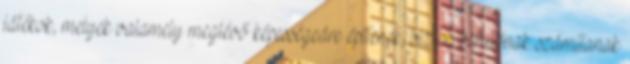
játékok, melyek valamely meglévő képességedre építenek, biztos befutónak számítanak